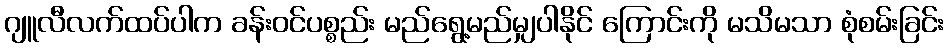
ဂျူလီလက်ထပ်ပါက ခန်းဝင်ပစ္စည်း မည်ရွေ့မည်မျှပါနိုင် ကြောင်းကို မသိမသာ စုံစမ်းခြင်း